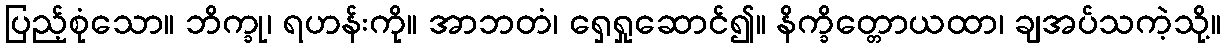
ပြည့်စုံသော။ ဘိက္ခု၊ ရဟန်းကို။ အာဘတံ၊ ရှေရှုဆောင်၍။ နိက္ခိတ္တောယထာ၊ ချအပ်သကဲ့သို့။